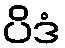
ပိဒံ